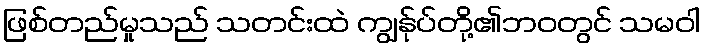
ဖြစ်တည်မှုသည် သတင်းထဲ ကျွန်ုပ်တို့၏ဘဝတွင် သမဝါ